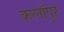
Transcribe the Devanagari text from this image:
कलाँपुर